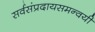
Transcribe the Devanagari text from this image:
सर्वसंप्रदायसमन्वयी